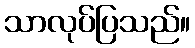
သာလုပ်ပြသည်။